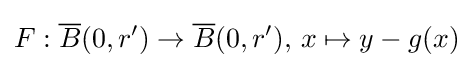
F:{\overline {B}}(0,r')\to {\overline {B}}(0,r'),\,x\mapsto y-g(x)